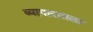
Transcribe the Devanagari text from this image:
व्यापारातला